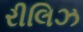
રીલિઝ